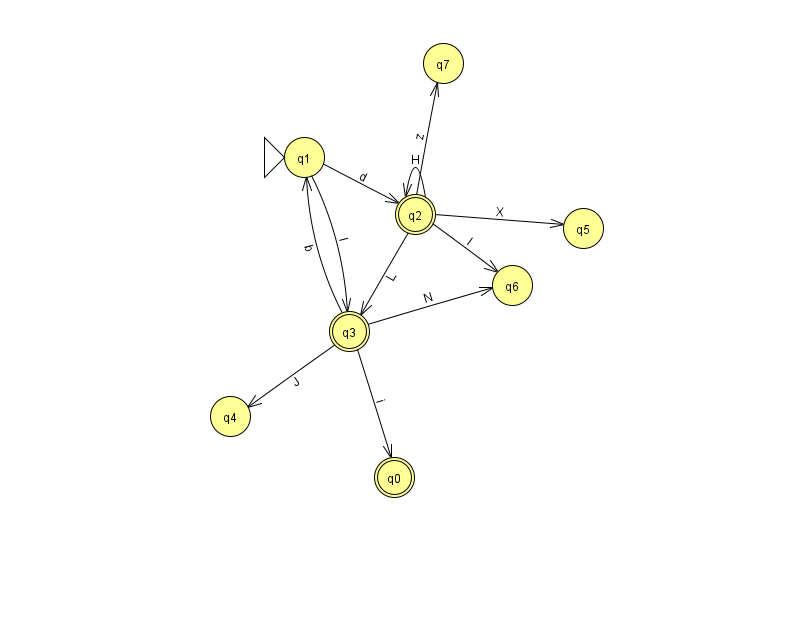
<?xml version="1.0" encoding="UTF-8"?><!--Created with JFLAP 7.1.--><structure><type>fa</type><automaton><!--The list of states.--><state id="0" name="q0"><x>394.0</x><y>464.0</y><final/></state><state id="1" name="q1"><x>304.0</x><y>144.0</y><initial/></state><state id="2" name="q2"><x>415.0</x><y>201.0</y><final/></state><state id="3" name="q3"><x>349.0</x><y>318.0</y><final/></state><state id="4" name="q4"><x>230.0</x><y>403.0</y></state><state id="5" name="q5"><x>583.0</x><y>215.0</y></state><state id="6" name="q6"><x>512.0</x><y>272.0</y></state><state id="7" name="q7"><x>443.0</x><y>50.0</y></state><!--The list of transitions.--><transition><from>2</from><to>3</to><read>L</read></transition><transition><from>3</from><to>1</to><read>b</read></transition><transition><from>2</from><to>7</to><read>z</read></transition><transition><from>3</from><to>0</to><read>i</read></transition><transition><from>3</from><to>4</to><read>J</read></transition><transition><from>2</from><to>6</to><read>I</read></transition><transition><from>2</from><to>5</to><read>X</read></transition><transition><from>2</from><to>2</to><read>H</read></transition><transition><from>1</from><to>2</to><read>d</read></transition><transition><from>3</from><to>6</to><read>N</read></transition><transition><from>1</from><to>3</to><read>l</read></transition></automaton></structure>